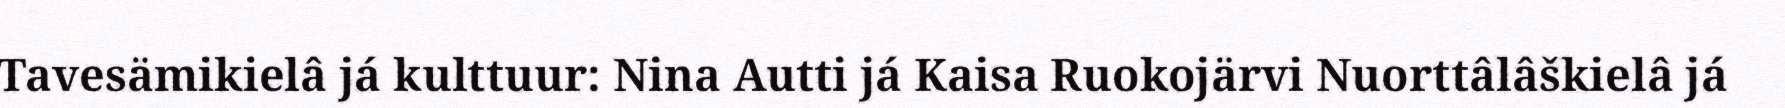
Tavesämikielâ já kulttuur: Nina Autti já Kaisa Ruokojärvi Nuorttâlâškielâ já